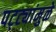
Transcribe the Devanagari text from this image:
पट्ट्यांमुळे